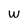
Character: W